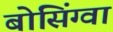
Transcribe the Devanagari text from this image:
बोसिंग्वा